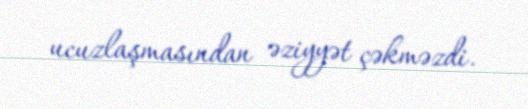
ucuzlaşmasından əziyyət çəkməzdi.